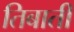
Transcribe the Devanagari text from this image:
तिबाती